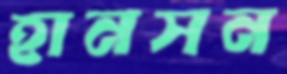
হানসন